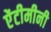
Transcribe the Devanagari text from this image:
ऐंटीमीनी